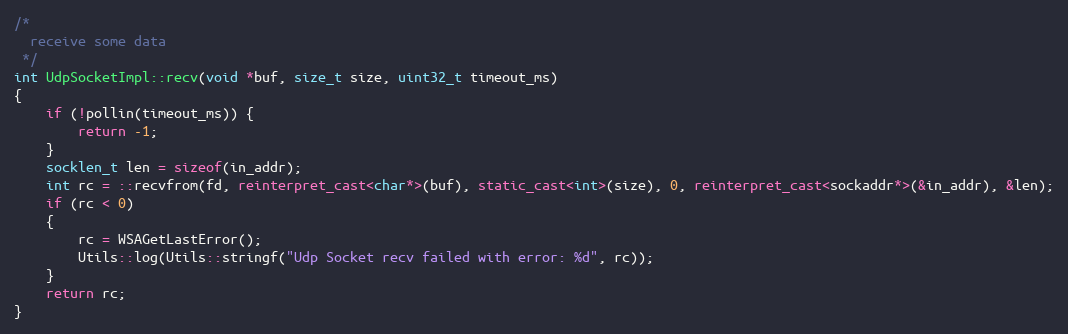
Language: C++
/*
  receive some data
 */
int UdpSocketImpl::recv(void *buf, size_t size, uint32_t timeout_ms)
{
    if (!pollin(timeout_ms)) {
        return -1;
    }
    socklen_t len = sizeof(in_addr);
    int rc = ::recvfrom(fd, reinterpret_cast<char*>(buf), static_cast<int>(size), 0, reinterpret_cast<sockaddr*>(&in_addr), &len);
    if (rc < 0)
    {
        rc = WSAGetLastError();
        Utils::log(Utils::stringf("Udp Socket recv failed with error: %d", rc));
    }
    return rc;
}